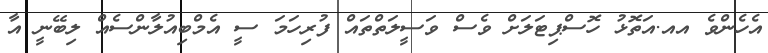
އެހެންވެ އއ.އަތޮޅު ހޮސްޕިޓަލަށް ވެސް ވަސީލަތްތައް ފުރިހަމަ ސީ އެމްބިއުލާންސެއް ލިބޭނީ އާ